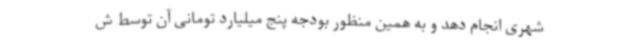
شهری انجام دهد و به همین منظور بودجه پنج میلیارد تومانی آن توسط ش